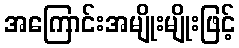
အကြောင်းအမျိုးမျိုးဖြင့်